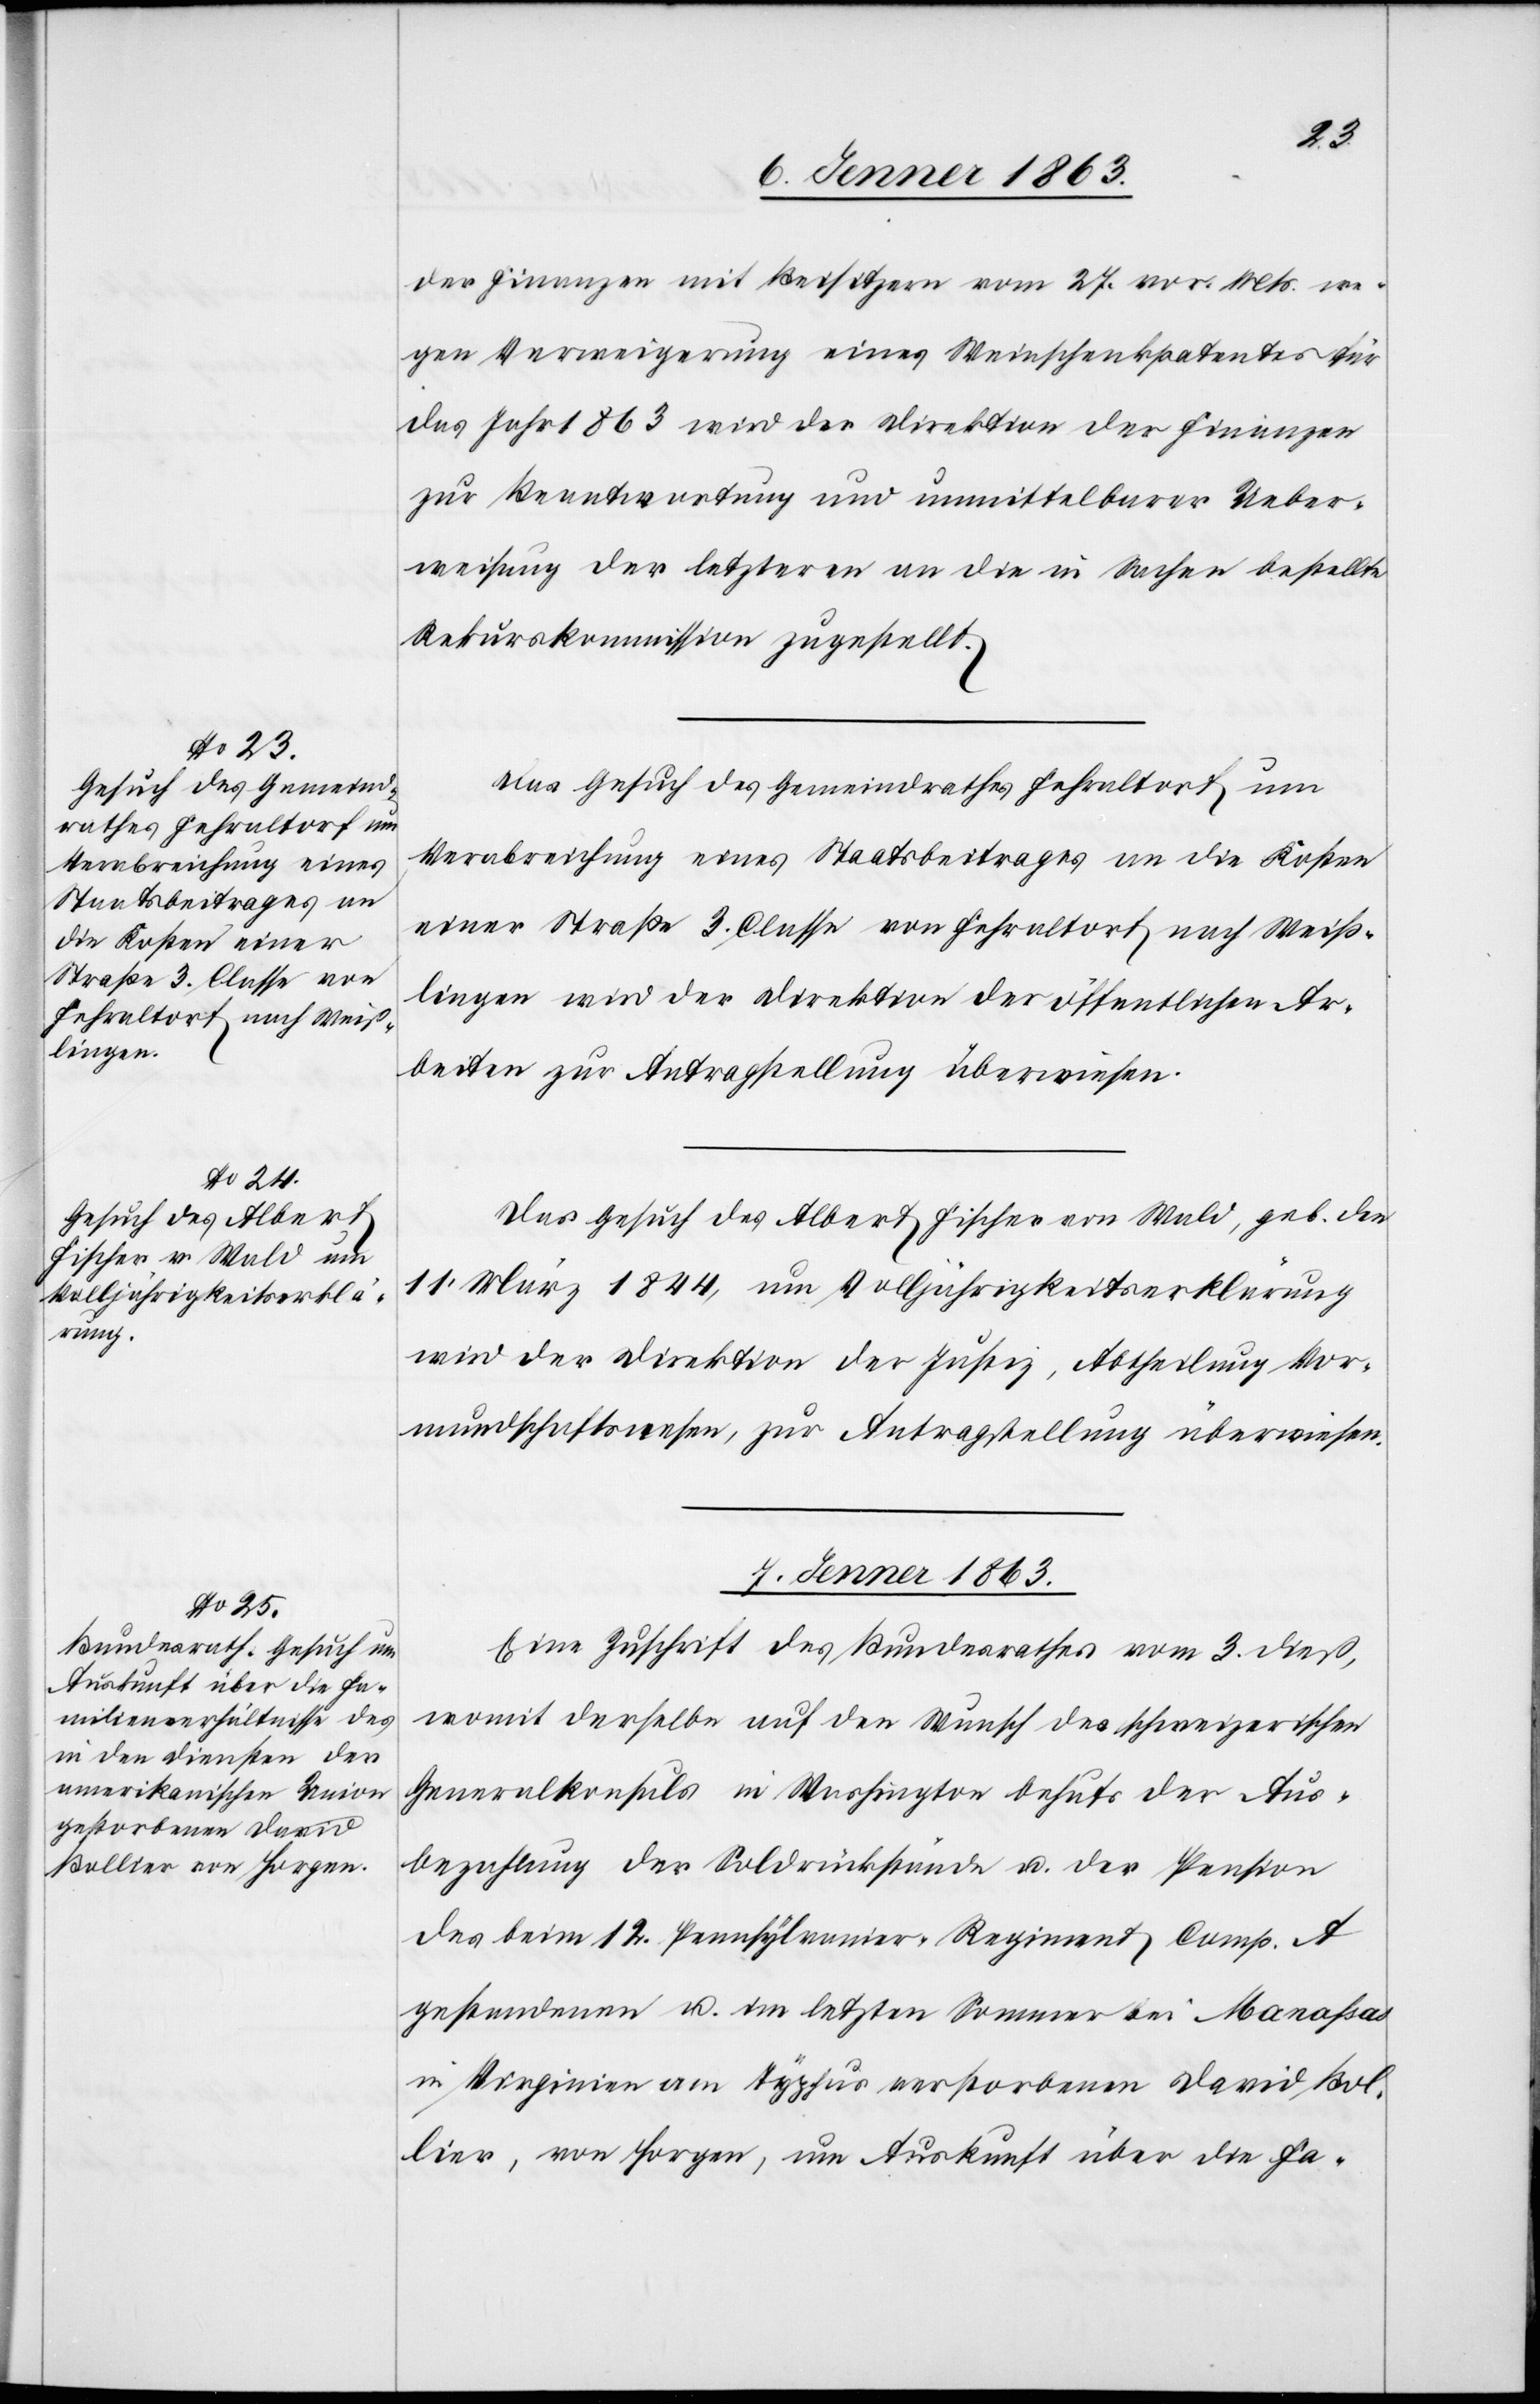
der Finanzen mit Beisitzern vom 27. vor. Mts. we¬
gen Verweigerung eines Weinschenkpatentes für
das Jahr 1863 wird der Direktion der Finanzen
zur Beantwortung und unmittelbarer Ueber¬
weisung der letzteren an die in Sachen bestellte
Rekurskommission zugestellt.
Das Gesuch des Gemeindrathes Fehraltorf um
Verabreichung eines Staatsbeitrages an die Kosten
einer Straße 3. Classe von Fehraltorf nach Weiß¬
lingen wird der Direktion der öffentlichen Ar¬
beiten zur Antragstellung überwiesen.
Das Gesuch des Albert Fischer von Wald, geb. den
11. März 1844, um Volljährigkeitserklärung
wird der Direktion der Justiz, Abtheilung Vor¬
mundschaftswesen, zur Antragstellung überwiesen.
7. Jenner 1863.
Eine Zuschrift des Bundesrathes vom 3. dies,
womit derselbe auf den Wunsch des schweizerischen
Generalkonsuls in Washington behufs der Aus¬
bezahlung der Soldrückstände u. der Pension
des beim 12. Pennsylvanier-Regiment Comp. A
gestandenen u. den letzten Sommer bei Manaßas
in Virginien am Typhus verstorbenen David Bol¬
lier, von Horgen, um Auskunft über die Fa-